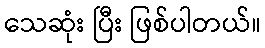
သေဆုံး ပြီး ဖြစ်ပါတယ်။